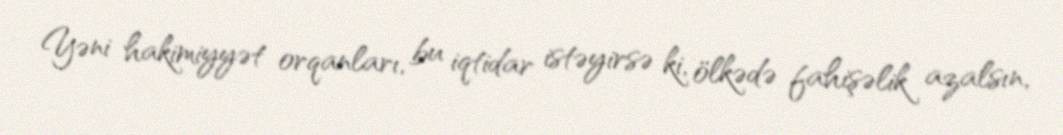
Yəni hakimiyyət orqanları, bu iqtidar istəyirsə ki, ölkədə fahişəlik azalsın,